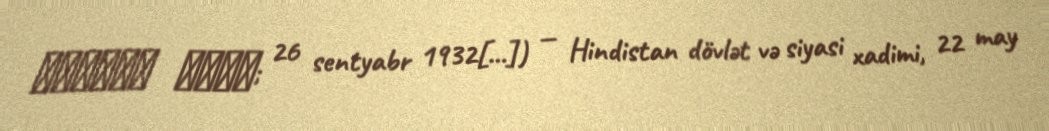
मनमोहन सिंह; 26 sentyabr 1932[…]) — Hindistan dövlət və siyasi xadimi, 22 may